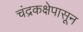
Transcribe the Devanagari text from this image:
चंद्रकक्षेपासून